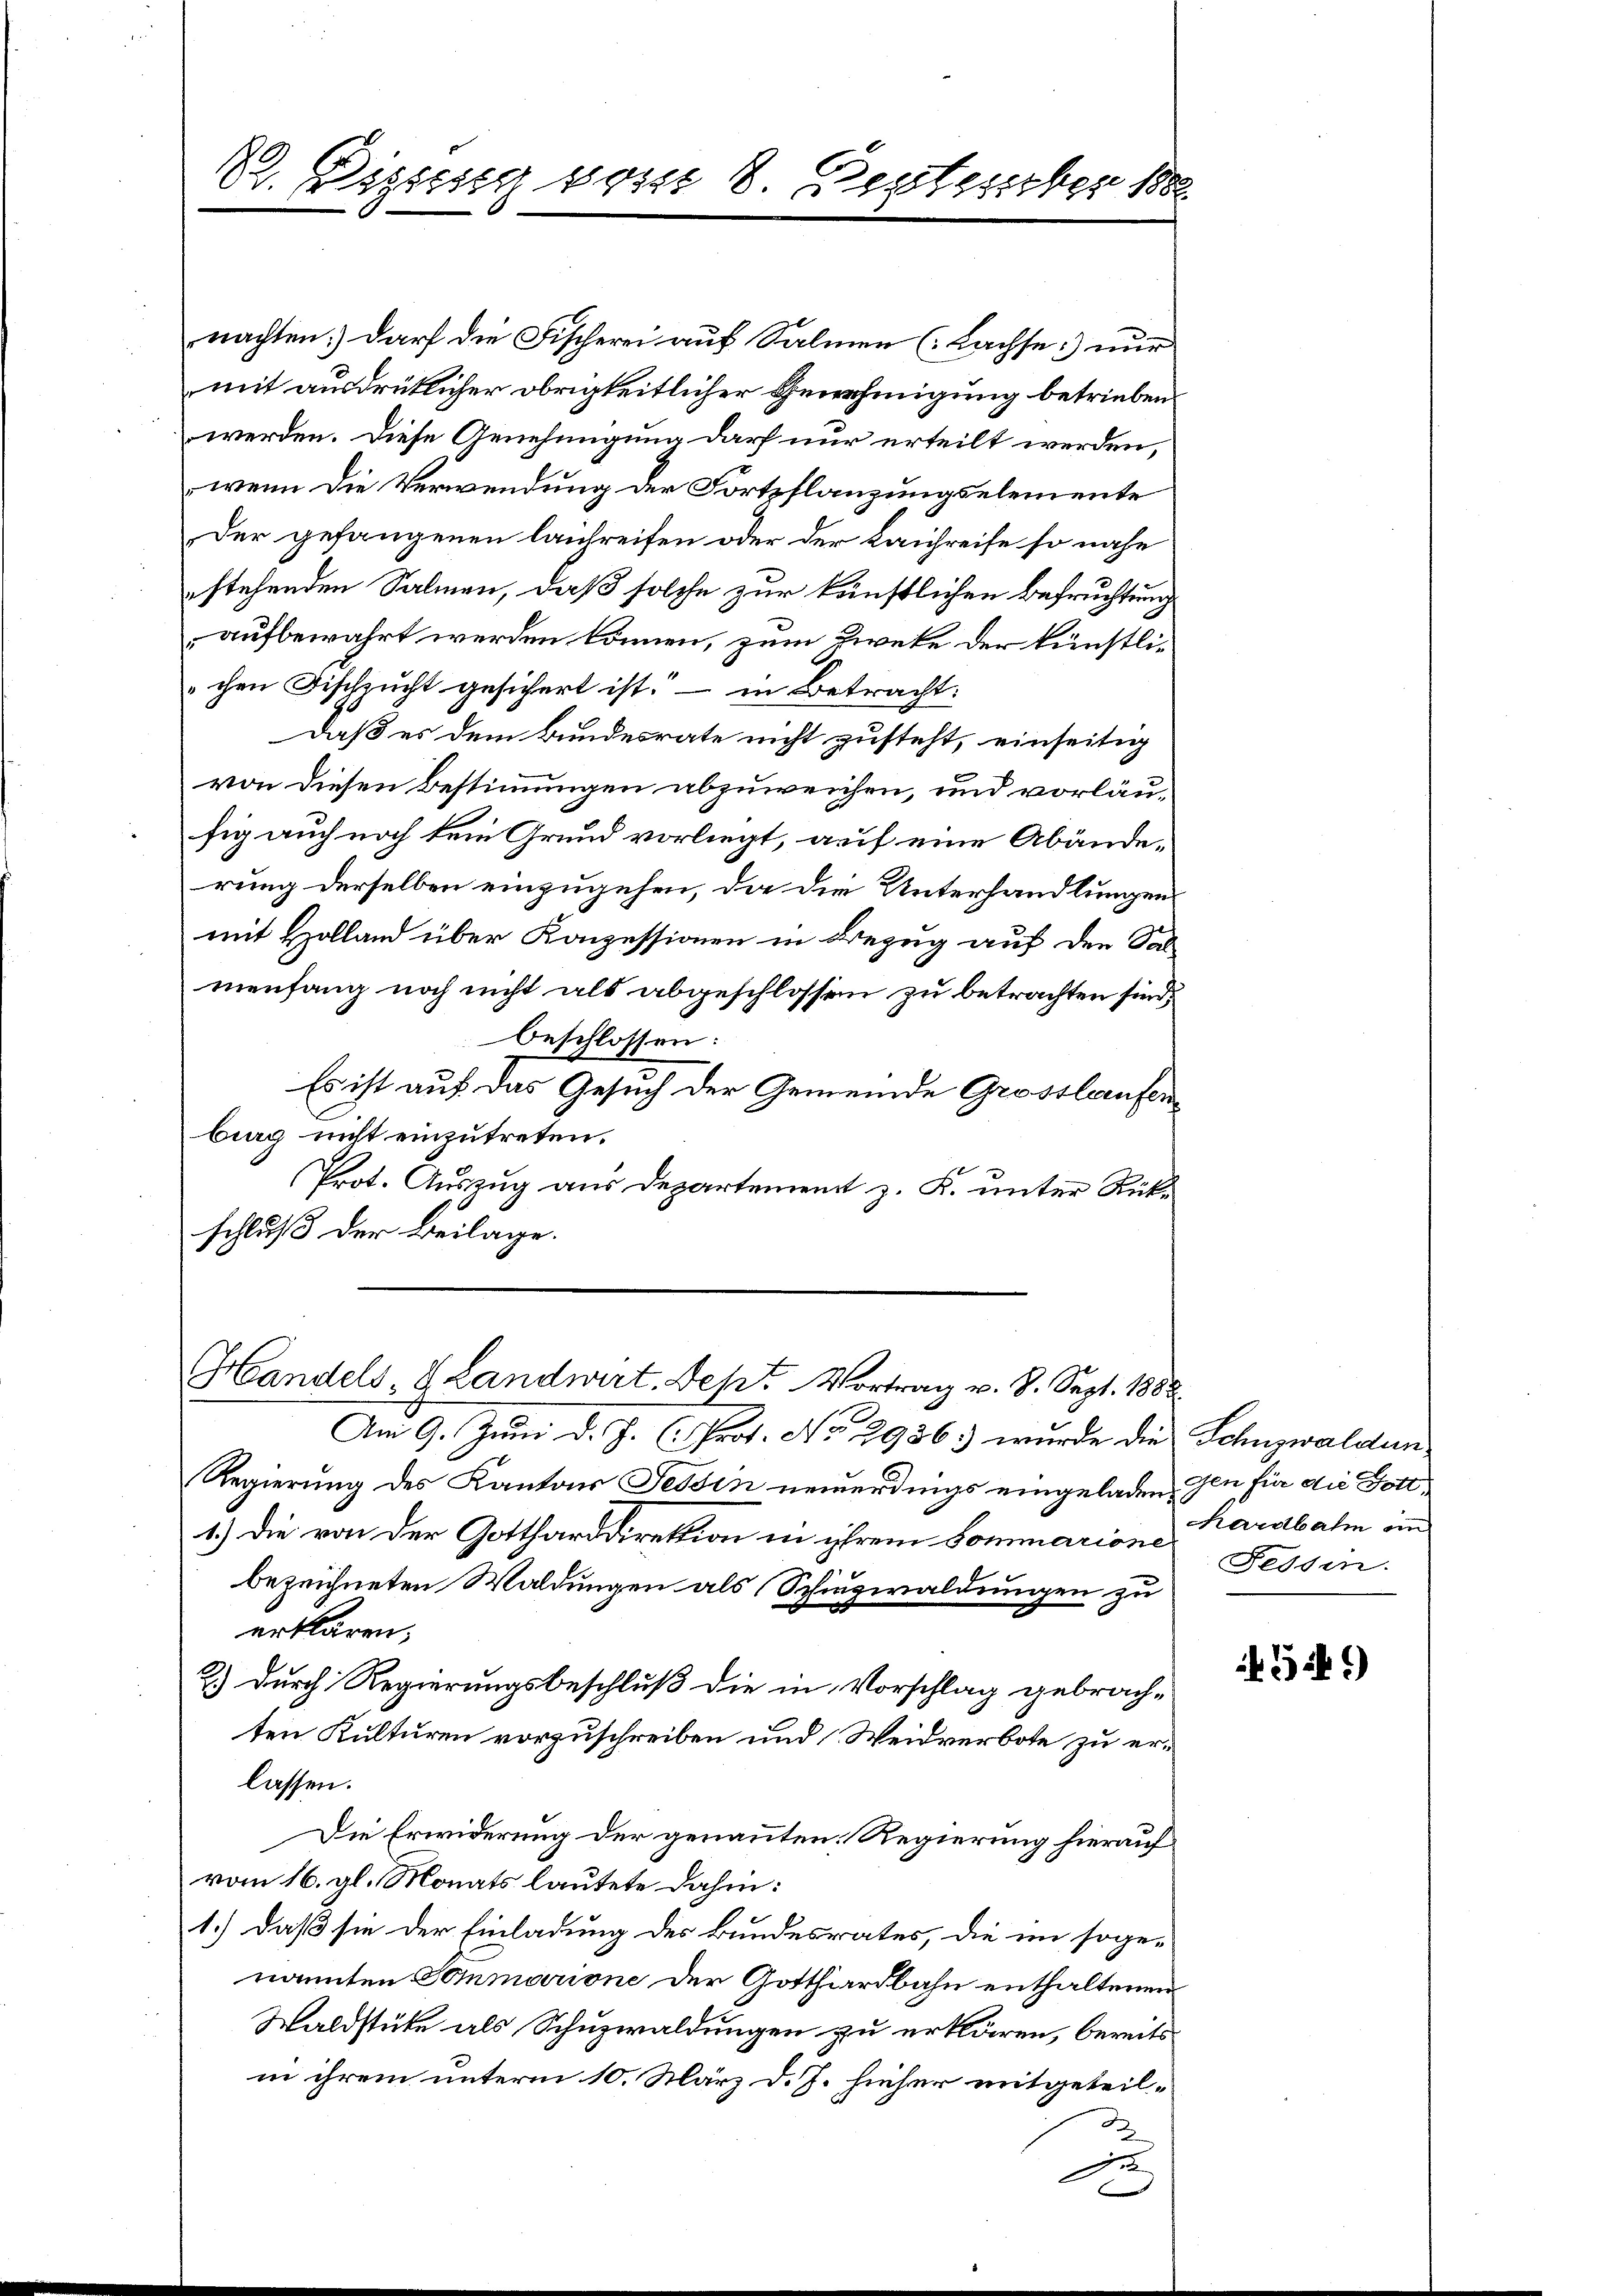
nachten: darf die Fischerei auf Salmen (Lachse.) nur
mit ausdrüklicher obrigkeitlicher Genehmigung betrieben.
werden. Diese Genehmigung darf nur erteilt werden,
wenn die Verwendung der Fortpflanzungselemente
Der gefangenen lautreifen oder der Laichreise so nahe
stehenden Salmen, daß solche zur künstlichen Befruchtung
aufbewahrt werden können, zum Zweke der künstlichen Fischzŭcht gesichert ist. – in Betracht:
daß es dem Bundesrate nicht zusteht, einseitig
von diesen Bestimmungen abzuweichen, und vorläufig auch noch kein Grund vorliegt, auf eine Abänderung derselben einzugehen, da die Unterhandlungen
mit Holland über Konzessionen in Bezug auf den Sal-
menfang noch nicht als abgeschlossen zu betrachten sind,
beschlossen:
Es ist auf das Gesuch der Gemeinde Grosslaufenburg nicht einzutreten.
Prot. Auszug aus Departement z. K. unter Rückschluß der Beilage.

22. Disseg vom 8. September 188

Handels & Landwirt. Deht. Vortrag v. 8. Sept. 1888

Am 9. Juni d. J. (Prot. No 2936.) wurde die Schnzwaldun
Regierung des Kantons Tessin neuerdings eingeladen, den für die Gott¬
1.) Die von der Gottharddirektion in ihrem Commarione
bezeichneten Waldungen als Schinzwaldungen zu
erklären,
2.) Durch Regierungsbeschluß die in Vorschlag gebrachten Kulturen vorzuschreiben und Weidverbote zu erlassen.
Die Erwiderung der genannten Regierung hierauf
vom 16. gl. Monats lautete dahin:
1.) daß sie der Einladung des Bundesrates, die im soge-
nannten Sommarione der Gotthardbahn enthaltenen
Waldstüke als Schuzwaldungen zu erklären, bereits
in ihrem unterm 10. März d. J. hieher mitgeteil¬
2
sre

Kardbahn an
Fessen.

549)